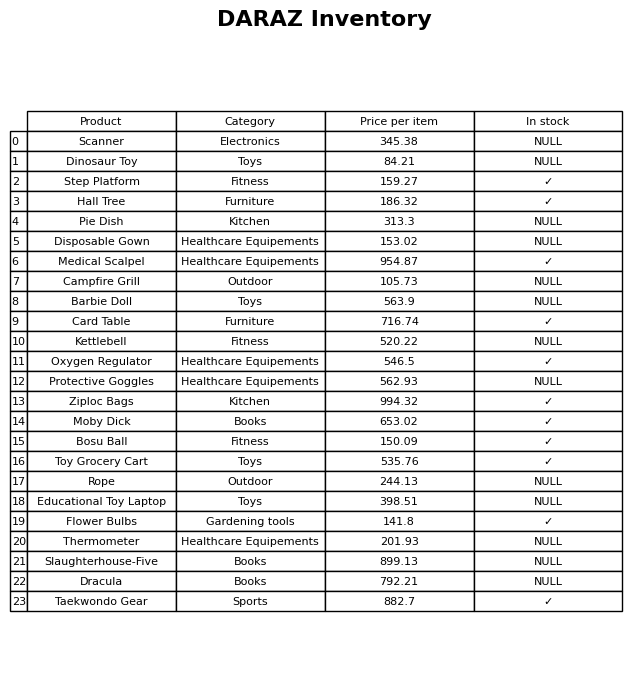
question: What is the price of the Flower Bulbs?
answer: The price of Flower Bulbs is 141.8.